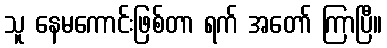
သူ နေမကောင်းဖြစ်တာ ရက် အတော် ကြာပြီ။